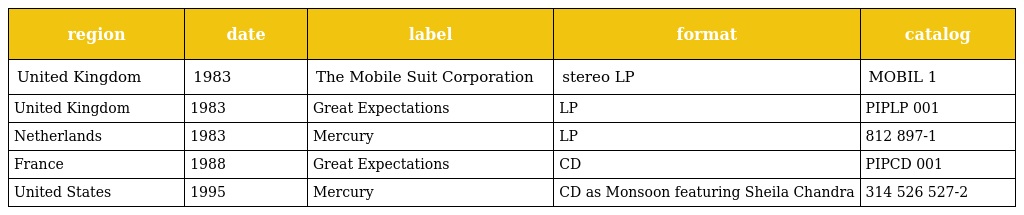
| region | date | label | format | catalog |
 | --- | --- | --- | --- | --- |
 | United Kingdom | 1983 | The Mobile Suit Corporation | stereo LP | MOBIL 1 |
 | United Kingdom | 1983 | Great Expectations | LP | PIPLP 001 |
 | Netherlands | 1983 | Mercury | LP | 812 897-1 |
 | France | 1988 | Great Expectations | CD | PIPCD 001 |
 | United States | 1995 | Mercury | CD as Monsoon featuring Sheila Chandra | 314 526 527-2 |